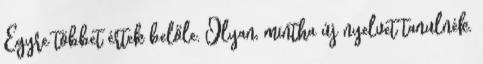
Egyre többet értek belőle. Olyan, mintha új nyelvet tanulnék.